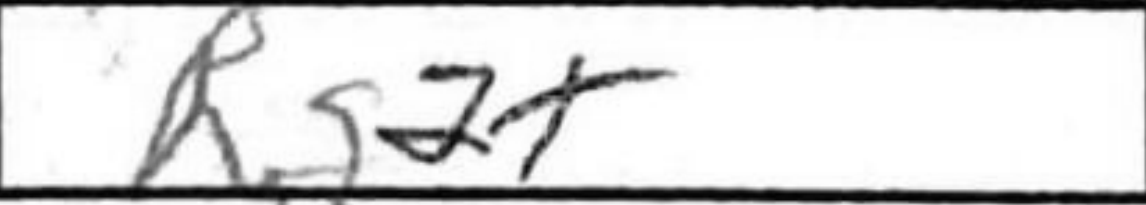
Transcription: Rd2+